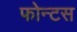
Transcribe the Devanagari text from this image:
फोन्टस